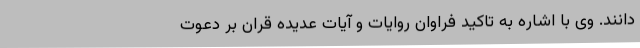
دانند. وی با اشاره به تاکید فراوان روایات و آیات عدیده قران بر دعوت